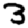
Digit: 3